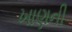
ખાણની